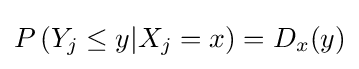
P\left(Y_{j}\leq y|X_{j}=x\right)=D_{x}(y)